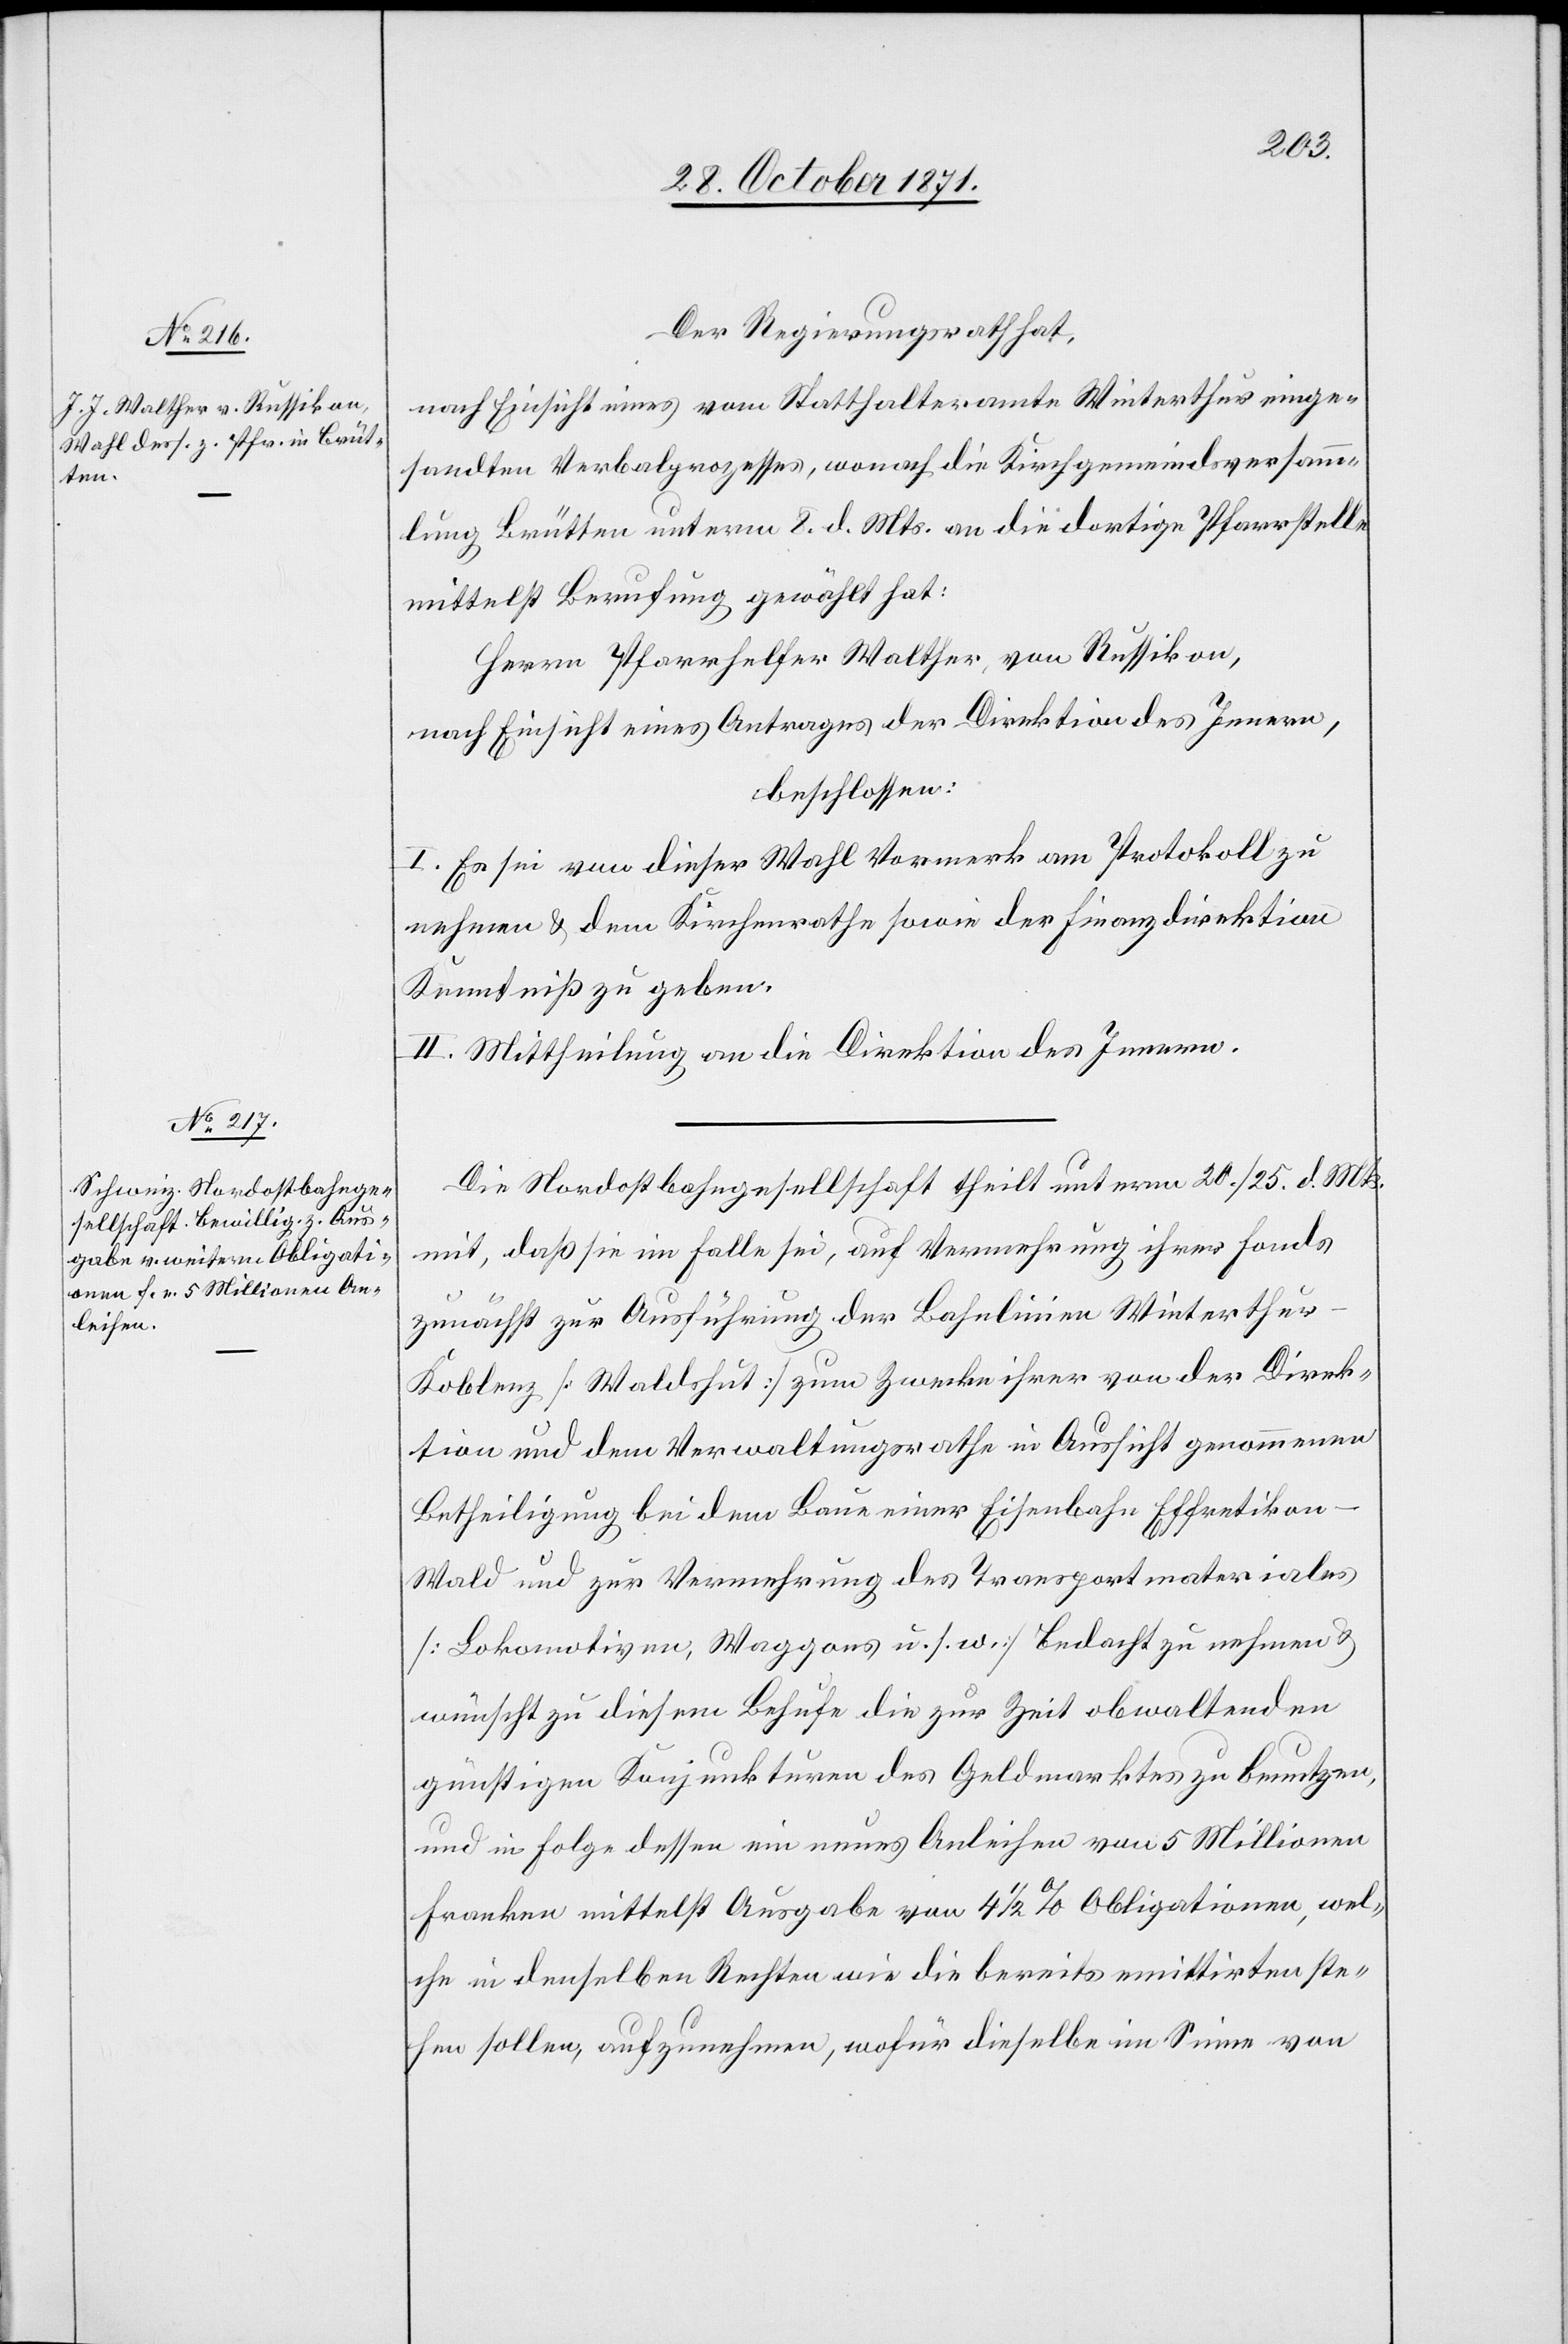
Der Regierungsrath hat,
nach Einsicht eines vom Statthalteramte Winterthur einge¬
sandten Verbalprozesses, wonach die Kirchgemeindsversamm¬
lung Brütten unterm 8. d. Mts. an die dortige Pfarrstelle
mittelst Berufung gewählt hat:
Herrn Pfarrhelfer Walther, von Russikon,
nach Einsicht eines Antrages der Direktion des Innern,
beschlossen:
I. Es sei von dieser Wahl Vormerk am Protokoll zu
nehmen & dem Kirchenrathe sowie der Finanzdirektion
Kenntniß zu geben.
II. Mittheilung an die Direktion des Innern.
Die Nordostbahngesellschaft theilt unterm 20./25. d. Mts.
mit, daß sie im Falle sei, auf Vermehrung ihres Fonds
zunächst zur Ausführung der Bahnlinien Winterthu¬
r–Koblenz [Waldshut] zum Zwecke ihrer von der Direk¬
tion und dem Verwaltungsrathe in Aussicht genommene
Betheiligung bei dem Bau einer Eisenbahn Effretikon–W¬
ald und zur Vermehrung des Transportmaterials
[Lokomotiven, Waggons u. s. w.] Bedacht zu nehmen &
wünscht zu diesem Behufe die zur Zeit obwaltenden
günstigen Konjunkturen des Geldmarktes zu benutzen,
und in Folge dessen ein neues Anleihen von 5 Millionen
Franken mittelst Ausgabe von 4 1/2 % Obligationen, wel¬
che in denselben Rechten wie die bereits emittirten ste¬
hen sollen, aufzunehmen, wofür dieselbe im Sinne von